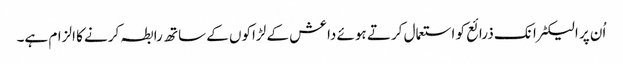
اُن پر الیکٹرانک ذرائع کو استعمال کرتے ہوئے داعش کے لڑاکوں کے ساتھ رابطہ کرنے کا الزام ہے۔